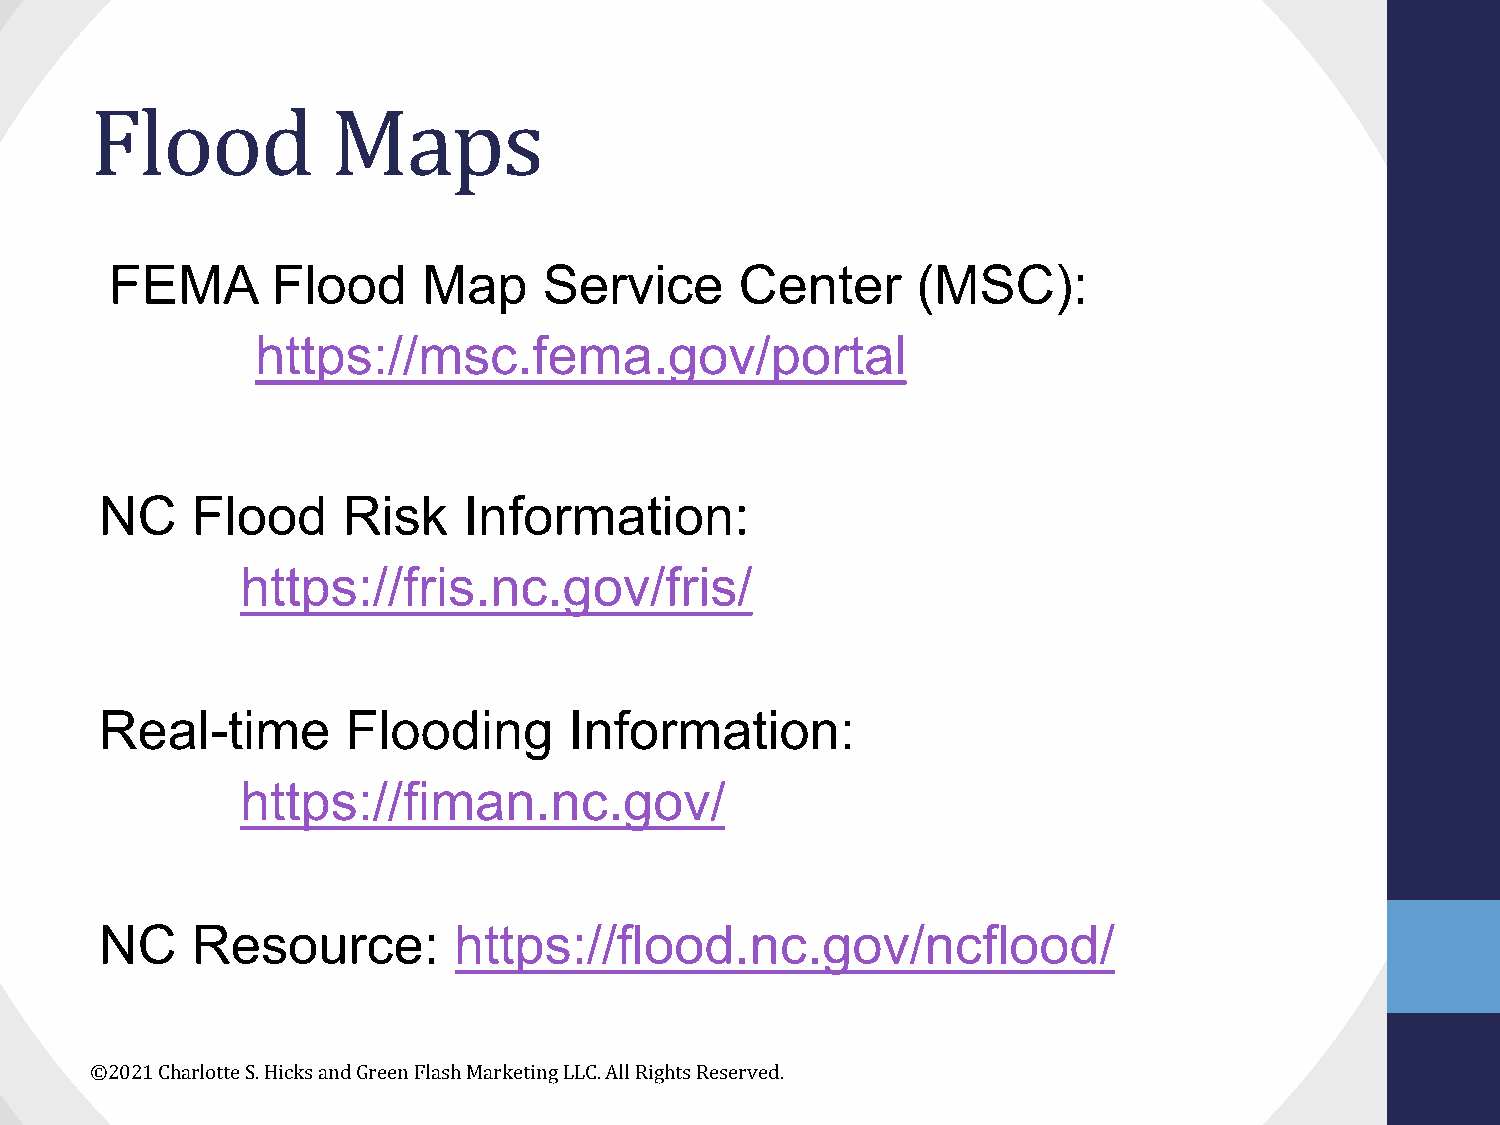
Flood           Maps
 FEMA       Flood     Map     Service      Center      (MSC):
 https://msc.fema.gov/portal
 NC    Flood     Risk    Information:
 https://fris.nc.gov/fris/
 Real-time       Flooding       Information:
 https://fiman.nc.gov/
 NC    Resource:        https://flood.nc.gov/ncflood/
 ©2021 Charlotte S. Hicks and Green Flash Marketing LLC. All Rights Reserved.